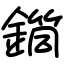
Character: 𨬎